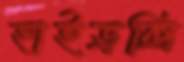
হাইড্রক্সি